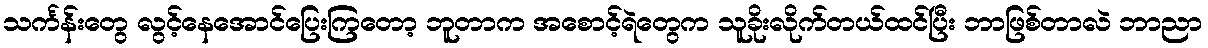
သင်္ကန်းတွေ လွင့်နေအောင်ပြေးကြတော့ ဘူတာက အစောင့်ရဲတွေက သူခိုးလိုက်တယ်ထင်ပြီး ဘာဖြစ်တာလဲ ဘာညာ